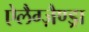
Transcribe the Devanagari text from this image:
ऐलैग्ज़ैण्ड्रा